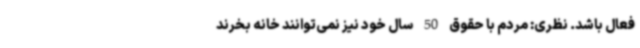
فعال باشد. نظری: مردم با حقوق 50 سال خود نیز نمی‌توانند خانه بخرند